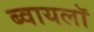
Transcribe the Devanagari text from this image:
ब्वायलॉ